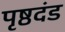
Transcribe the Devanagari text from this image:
पृष्ठदंड